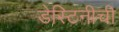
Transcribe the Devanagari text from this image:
डेस्टिनीची